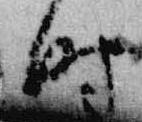
時